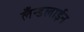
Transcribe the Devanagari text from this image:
लँन्डलाईन